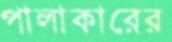
পালাকারের